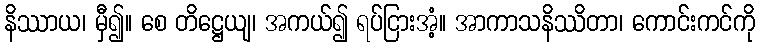
နိဿာယ၊ မှီ၍။ စေ တိဋ္ဌေယျ၊ အကယ်၍ ရပ်ငြားအံ့။ အာကာသနိဿိတာ၊ ကောင်းကင်ကို